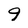
Character: 9